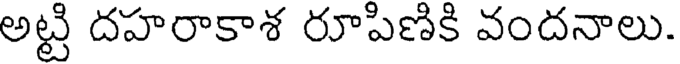
అట్టి దహరాకాశ రూపిణికి వందనాలు.